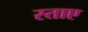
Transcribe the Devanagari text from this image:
स्ताए